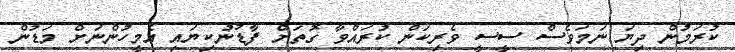
ކުރަމުން ދިޔަ ނަމަވެސް ސީސީ ވެރިކަން ކުރައްވާ ގޮތަށް ފާޑުނުކިޔައި އެމީހުންނަށް މަޑުން